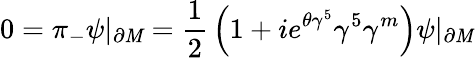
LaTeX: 0=\pi_{-}\psi|_{\partial\mathit{M}}={\frac{{1}}{{2}}}\left(1+ie^{\theta\gamma^{5}}\gamma^{5}\gamma^{m}\right)\psi|_{\partial\mathit{M}}